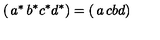
\left( \begin{matrix} { a ^ { * } } & { b ^ { * } } \\ { c ^ { * } } & { d ^ { * } } \\ \end{matrix} \right) = \left( \begin{matrix} { a } & { c } \\ { b } & { d } \\ \end{matrix} \right)